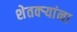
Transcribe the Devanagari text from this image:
शेतक्ऱ्यांना